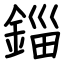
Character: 錙